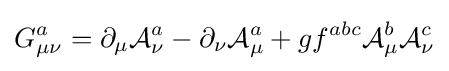
G_{\mu \nu }^{a}=\partial _{\mu }{\mathcal {A}}_{\nu }^{a}-\partial _{\nu }{\mathcal {A}}_{\mu }^{a}+gf^{abc}{\mathcal {A}}_{\mu }^{b}{\mathcal {A}}_{\nu }^{c}